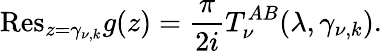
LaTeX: {\mathrm{Res}}_{z=\gamma_{\nu,k}}g(z)=\frac{\pi}{2i}T_{\nu}^{AB}(\lambda,\gamma_{\nu,k}).